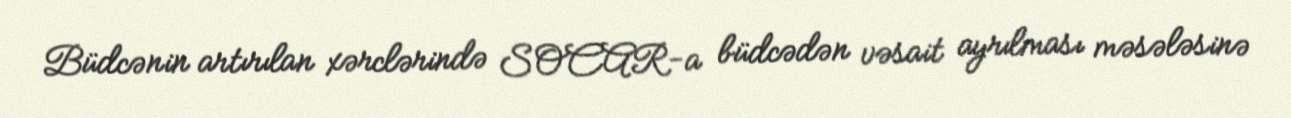
Büdcənin artırılan xərclərində SOCAR-a büdcədən vəsait ayrılması məsələsinə